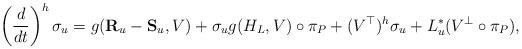
LaTeX: \begin{align*}\left(\frac{d}{dt}\right)^h\sigma_u=g({\bf R}_u-{\bf S}_u,V)+\sigma_ug(H_L,V)\circ\pi_P+(V^{\top})^h\sigma_u+L^{\ast}_u(V^{\bot}\circ\pi_P),\end{align*}